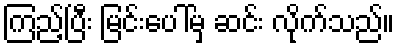
ကြည့်ပြီး မြင်းပေါ်မှ ဆင်း လိုက်သည်။